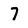
Character: 7